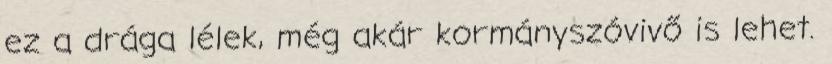
ez a drága lélek, még akár kormányszóvivő is lehet.